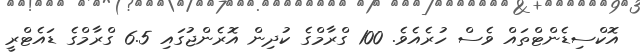
އޮކްސިޑެންޓްތައް ވެސް ހުރެއެވެ. 100 ގްރާމްގެ ކުދިން އޮރެންޖުގައި 6.5 ގްރާމްގެ ޑައެޓްރީ